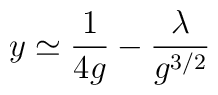
y \simeq \frac{1}{4g} - \frac{\lambda}{g^{3/2}}